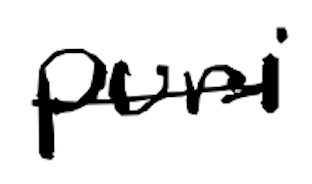
Text: Puri
Cross-out: single-line
Writing tool: digital_black